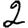
Digit: 2